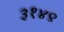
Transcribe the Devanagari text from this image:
३१४९